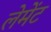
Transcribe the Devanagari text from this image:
लेमेंट